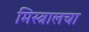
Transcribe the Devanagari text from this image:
मिस्त्रालचा